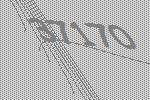
37170